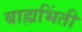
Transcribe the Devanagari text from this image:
बाह्यभिंती